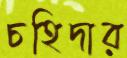
চহিদার